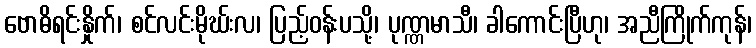
ဗောဓိရင်းနှိုက်၊ စင်လင်းမိုဃ်းလ၊ ပြည့်ဝန်းပသို့၊ ပုဏ္ဏမာသီ၊ ခါကောင်းပြီဟု၊ အညီကြိုက်ကုန်၊